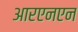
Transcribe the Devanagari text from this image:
आरएनएन